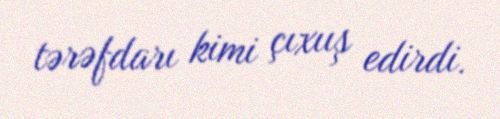
tərəfdarı kimi çıxıış edirdi.